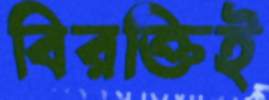
বিরক্তিই